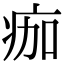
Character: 痂